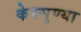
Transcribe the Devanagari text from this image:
केरसुण्या